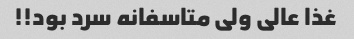
غذا عالی ولی متاسفانه سرد بود!!